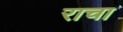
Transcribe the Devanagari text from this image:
राचा